65_HS1-834228961_62-HQ-83894_Section_10
Agency: FBI
Page 51
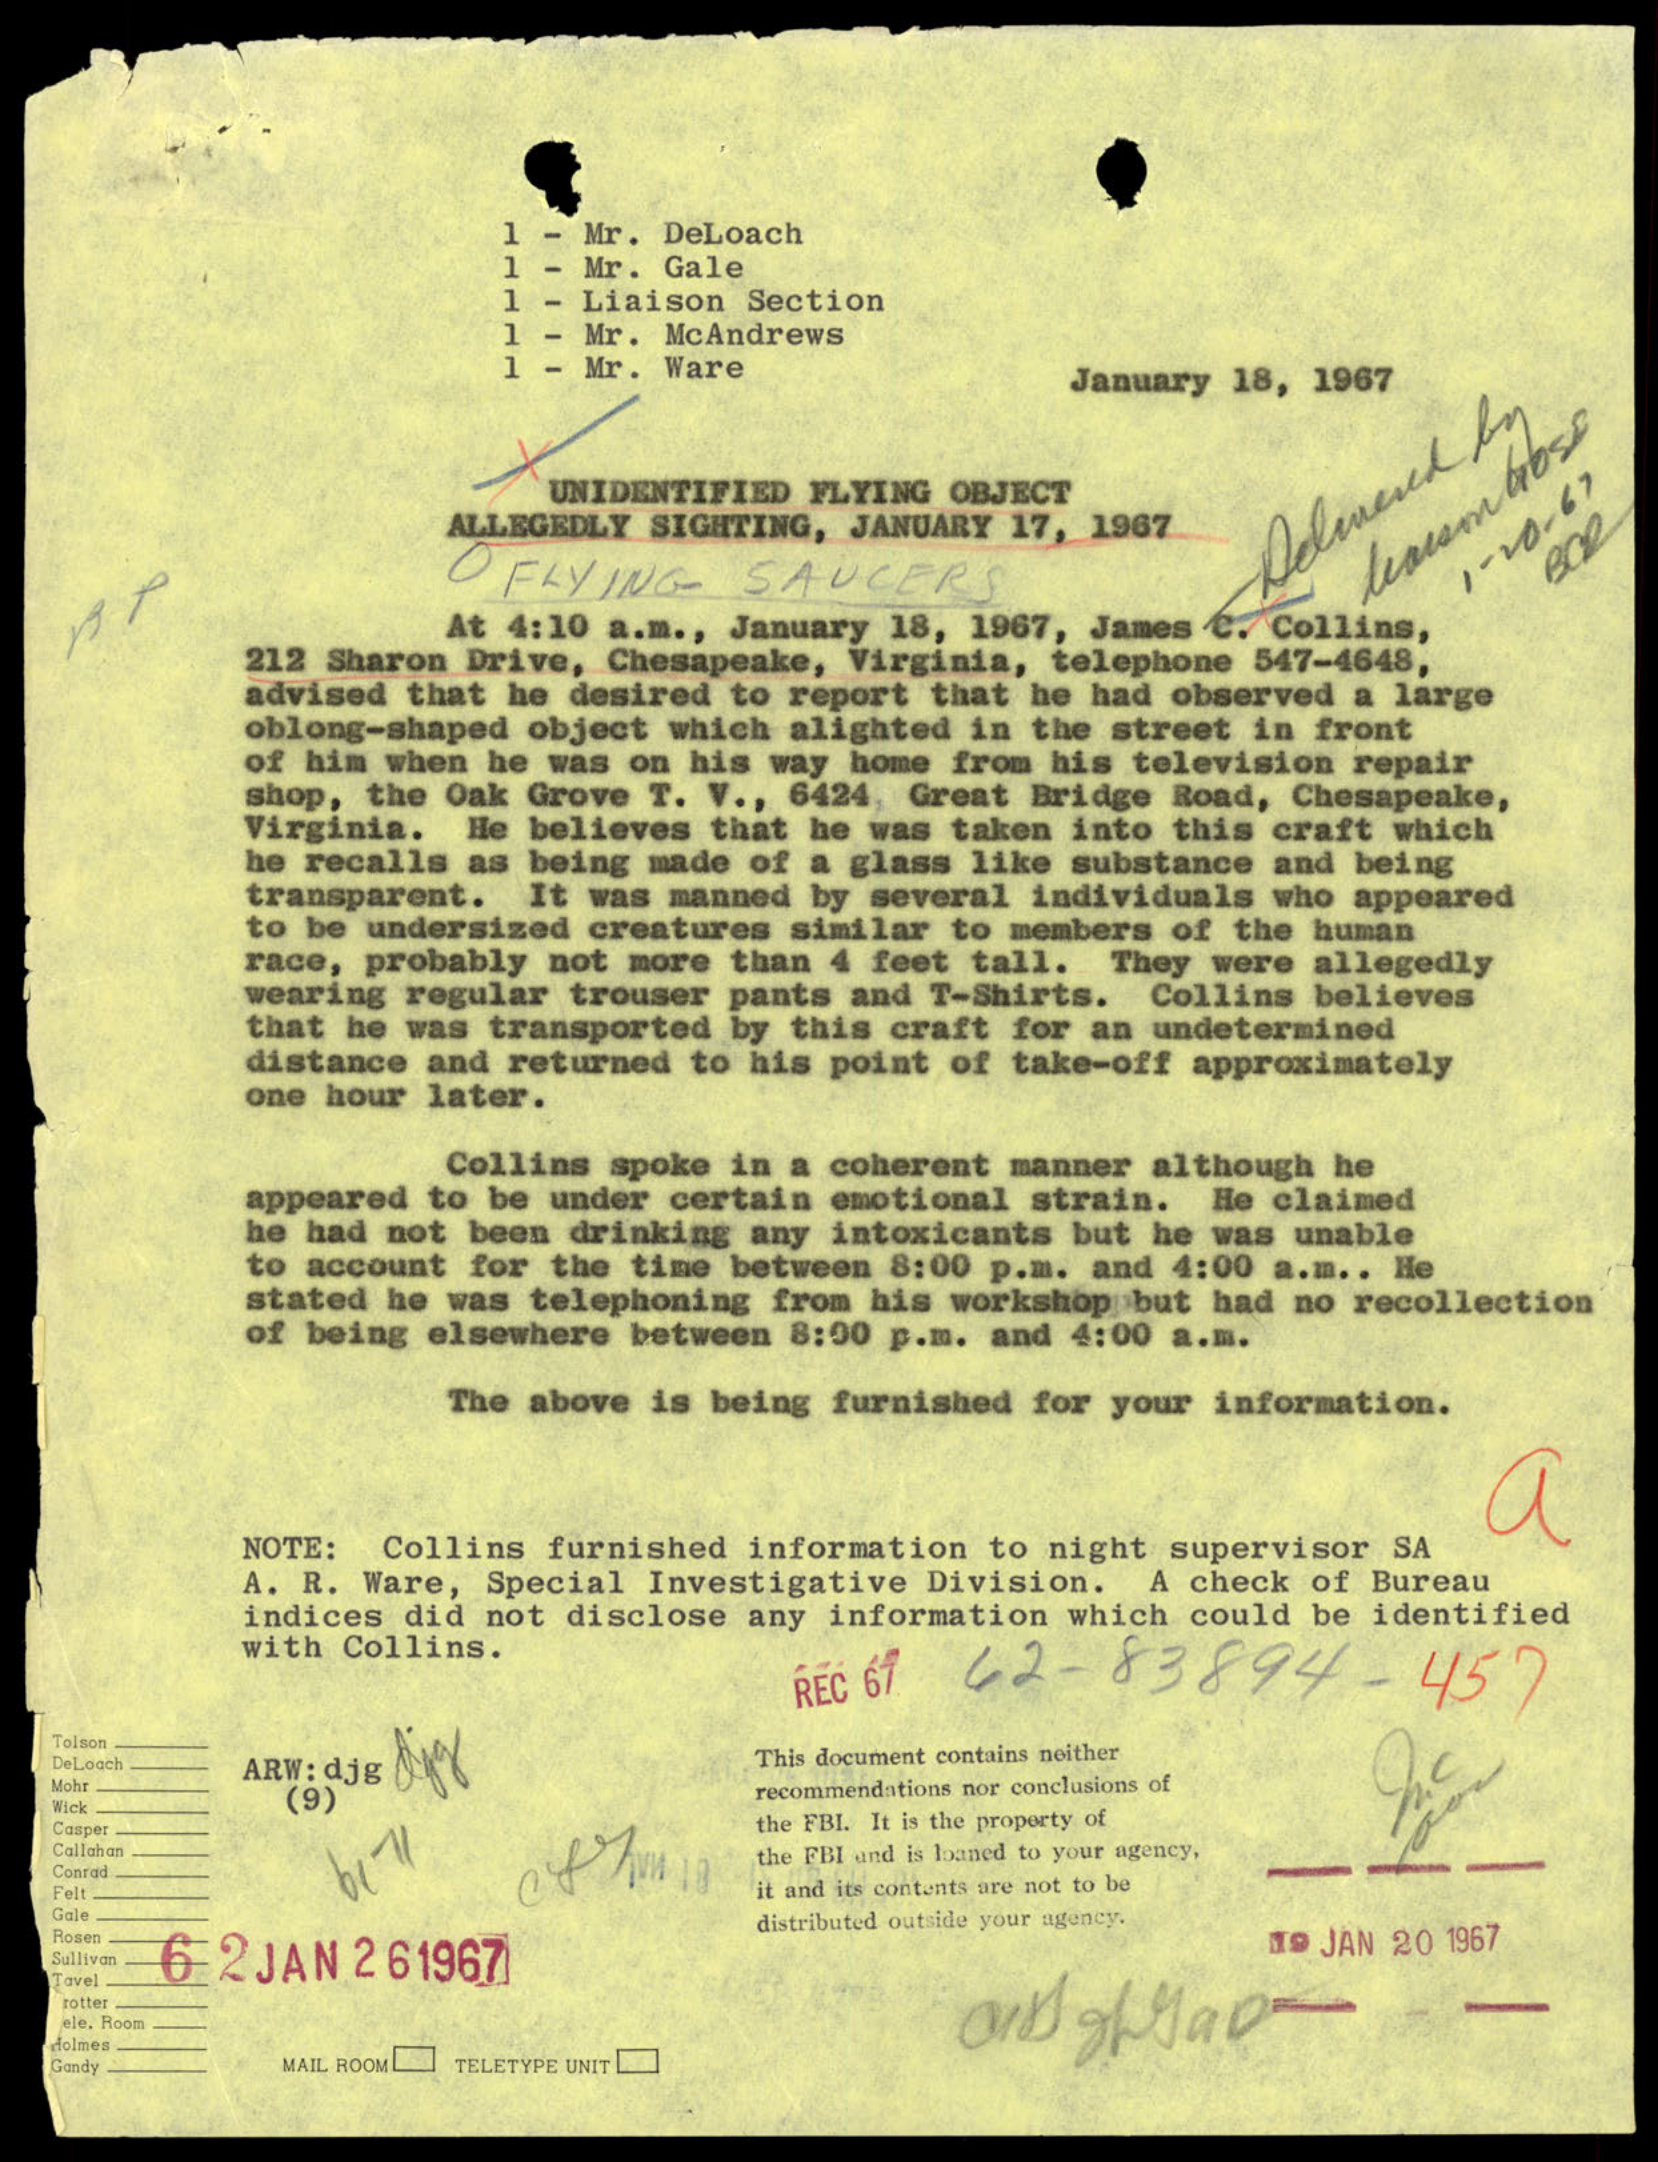